Report on sanitation, dispensaries, and jails in Rajputana for 1919, and on vaccination for the year 1919-1920 - 1919-1920
Year: 1919
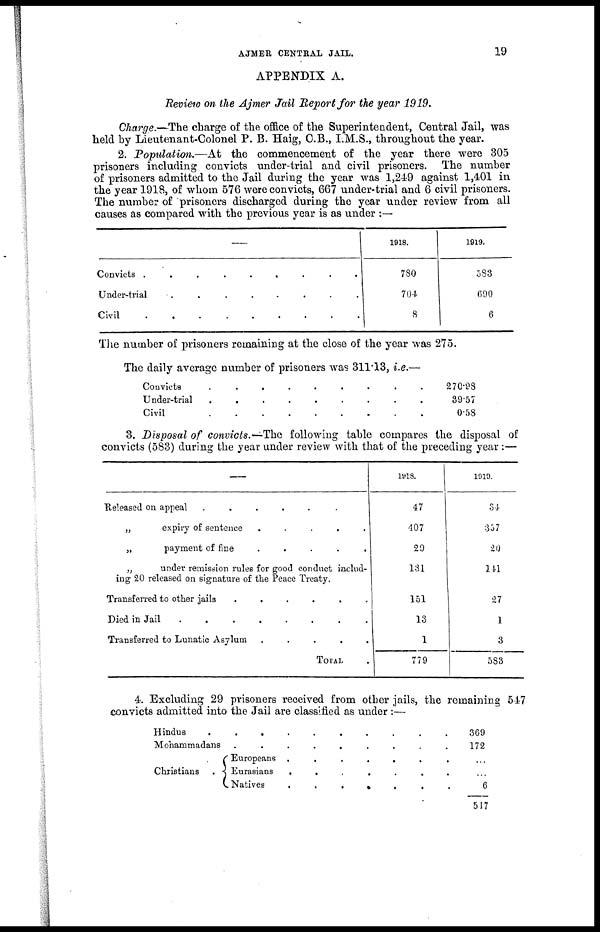
AJMER CENTRAL JAIL.
19
APPENDIX A.
Review on the Ajmer Jail Report for the year 1919.
Charge.—The charge of the office of the Superintendent, Central Jail, was
held by Lieutenant-Colonel P. B. Haig, C.B., I.M.S., throughout the year.
2. Population.—At the commencement of the year there were 305
prisoners including convicts under-trial and civil prisoners. The number
of prisoners admitted to the Jail during the year was 1,249 against 1,401 in
the year 1918, of whom 576 were convicts, 667 under-trial and 6 civil prisoners.
The number of prisoners discharged during the year under review from all
causes as compared with the previous year is as under :—
—
Convicts
.
.
.
.
.
.
.
.
Under-trial
.
.
.
.
.
.
.
.
Civil
.
.
.
.
.
.
.
.
1918.
780
704
8
1919.
533
690
6
The number of prisoners remaining at the close of the year was 275.
The daily average number of prisoners was 311.13, i.e.—
Convicts
.
.
.
.
.
.
.
.
Under-trial
.
.
.
.
.
.
.
.
Civil
.
.
.
.
.
.
.
.
270.98
39.57
0.53
3. Disposal of convicts.—The following table compares the disposal of
convicts (583) during the year under review with that of the preceding year :—
—
Released on appeal . . . . . . . .
„
expiry of sentence . . . . . . . .
„
payment of fine . . . . . . . .
„
under remission rules for good conduct includ-
ing 20 released on signature of the Peace Treaty.
Transferred to other jails
.
.
.
.
.
.
.
.
Died in Jail
.
.
.
.
.
.
.
.
Transferred to Lunatic Asylum . . . . . . . .
TOTAL .
1918.
47
407
29
131
151
13
1
779
1919.
34
357
20
141
27
1
3
583
4. Excluding 29 prisoners received from other jails, the remaining 547
convicts admitted into the Jail are classified as under :—
Hindus . . . . . . . .
Mohammadans . . . . . . . .
Christians
Europeans
.
.
.
.
.
.
.
.
Eurasians
.
.
.
.
.
.
.
.
Natives
.
.
.
.
.
.
.
.
369
172
...
...
6
547